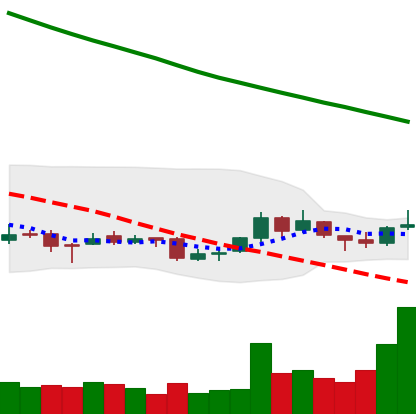
Ticker: NEO-USD
Chart end date: 2018-09-28
Forward return: -6.758%
Label: down_5_7